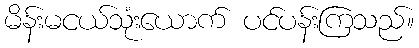
မိန်းမငယ်သုံးယောက် ပင်ပန်းကြသည်။